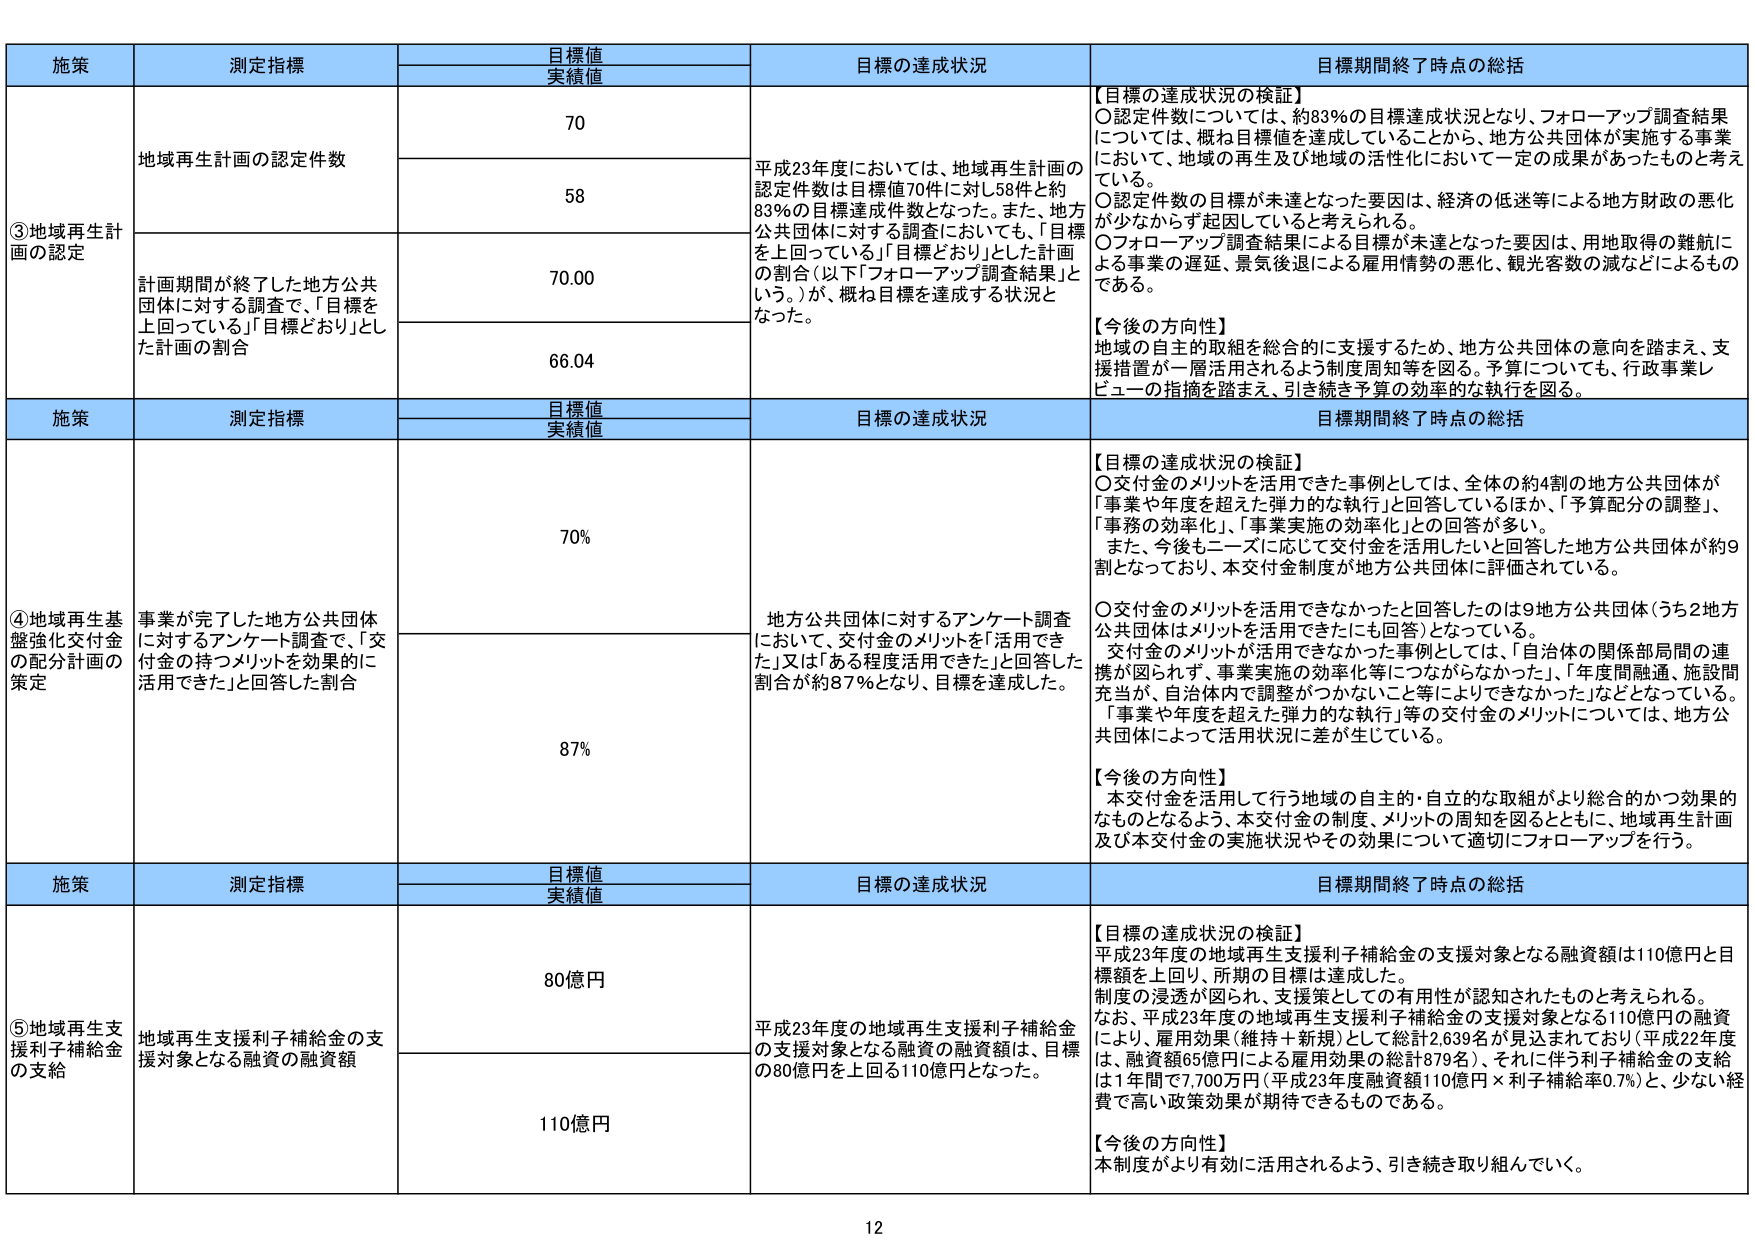
施策 測定指標 目標値 実績値 目標の達成状況 目標期間終了時点の総括
③地域再生計画の認定 地域再生計画の認定件数 70 58 平成23年度においては、地域再生計画の認定件数は目標値70件に対し58件と約83％の目標達成件数となった。また、地方公共団体に対する調査においても、「目標を上回っている」「目標どおり」とした計画の割合（以下「フォローアップ調査結果」という。）が、概ね目標を達成する状況となった。 【目標の達成状況の検証】 ○認定件数については、約83％の目標達成状況となり、フォローアップ調査結果については、概ね目標値を達成していることから、地方公共団体が実施する事業において、地域の再生及び地域の活性化において一定の成果があったものと考えている。 ○認定件数の目標が未達となった要因は、経済の低迷等による地方財政の悪化が少なからず起因していると考えられる。 ○フォローアップ調査結果による目標が未達となった要因は、用地取得の難航による事業の遅延、景気後退による雇用情勢の悪化、観光客数の減などによるものである。 【今後の方向性】 地域の自主的取組を総合的に支援するため、地方公共団体の意向を踏まえ、支援措置が一層活用されるよう制度周知等を図る。予算についても、行政事業レビューの指摘を踏まえ、引き続き予算の効率的な執行を図る。
計画期間が終了した地方公共団体に対する調査で、「目標を上回っている」「目標どおり」とした計画の割合 70.00 66.04
施策 測定指標 目標値 実績値 目標の達成状況 目標期間終了時点の総括
④地域再生基盤強化交付金の配分計画の策定 事業が完了した地方公共団体に対するアンケート調査で、「交付金の持つメリットを効果的に活用できた」と回答した割合 70% 87% 地方公共団体に対するアンケート調査において、交付金のメリットを「活用できた」又は「ある程度活用できた」と回答した割合が約87％となり、目標を達成した。 【目標の達成状況の検証】 ○交付金のメリットを活用できた事例としては、全体の約4割の地方公共団体が「事業や年度を超えた弾力的な執行」と回答しているほか、「予算配分の調整」、「事務の効率化」、「事業実施の効率化」との回答が多い。 また、今後もニーズに応じて交付金を活用したいと回答した地方公共団体が約9割となっており、本交付金制度が地方公共団体に評価されている。 ○交付金のメリットを活用できなかったと回答したのは9地方公共団体（うち2地方公共団体はメリットを活用できたにも回答）となっている。 交付金のメリットが活用できなかった事例としては、「自治体の関係部局間の連携が図られず、事業実施の効率化等につながらなかった」、「年度間融通、施設間充当が、自治体内で調整がつかない」こと等によりできなかった」などとなっている。「事業や年度を超えた弾力的な執行」等の交付金のメリットについては、地方公共団体によって活用状況に差が生じている。 【今後の方向性】 本交付金を活用して行う地域の自主的・自立的な取組がより総合的かつ効果的なものとなるよう、本交付金の制度、メリットの周知を図るとともに、地域再生計画及び本交付金の実施状況やその効果について適切にフォローアップを行う。
施策 測定指標 目標値 実績値 目標の達成状況 目標期間終了時点の総括
⑤地域再生支援利子補給金の支給 地域再生支援利子補給金の支援対象となる融資の融資額 80億円 110億円 平成23年度の地域再生支援利子補給金の支援対象となる融資の融資額は、目標の80億円を上回る110億円となった。 【目標の達成状況の検証】 平成23年度の地域再生支援利子補給金の支援対象となる融資額は110億円と目標額を上回り、所期の目標は達成した。 制度の浸透が図られ、支援策としての有用性が認知されたものと考えられる。 なお、平成23年度の地域再生支援利子補給金の支援対象となる110億円の融資により、雇用効果（維持＋新規）として総計2,639名が見込まれており（平成22年度は、融資額65億円による雇用効果の総計879名）、それに伴う利子補給金の支給は1年間で7,700万円（平成23年度融資額110億円×利子補給率0.7％）と、少ない経費で高い政策効果が期待できるものである。 【今後の方向性】 本制度がより有効に活用されるよう、引き続き取り組んでいく。
12